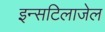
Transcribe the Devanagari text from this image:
इन्सटिलाजेल